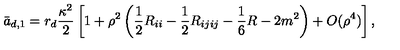
\bar { a } _ { d , 1 } = r _ { d } { \frac { \kappa ^ { 2 } } { 2 } } \left[ 1 + \rho ^ { 2 } \left( \frac 1 2 R _ { i i } - \frac 1 2 R _ { i j i j } - \frac 1 6 R - 2 m ^ { 2 } \right) + O ( \rho ^ { 4 } ) \right] ,